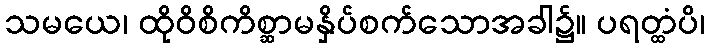
သမယေ၊ ထိုဝိစိကိစ္ဆာမနှိပ်စက်သောအခါ၌။ ပရတ္ထံပိ၊